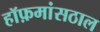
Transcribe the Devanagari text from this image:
हॉफ़मांसठाल